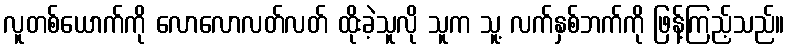
လူတစ်ယောက်ကို လောလောလတ်လတ် ထိုးခဲ့သူလို သူက သူ့ လက်နှစ်ဘက်ကို ဖြန့်ကြည့်သည်။